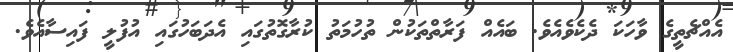
އެއްޗެތީގެ ވާހަކަ ދެކެވެއެވެ. ބައެއް ފަރާތްތަކުން ތުހުމަތު ކުރާގޮތުގައި އެދަބަހުގައި އުފުލީ ފައިސާއެވެ.